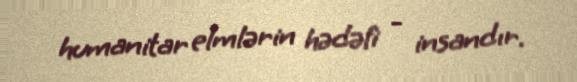
humanitar elmlərin hədəfi - insandır.